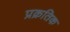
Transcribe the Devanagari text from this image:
प्रक्रतिक